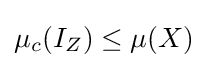
\mu _{c}(I_{Z})\leq \mu (X)